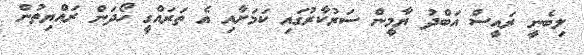
ލިބެނީ ރައީސް އަބްދު ޔާމީން ސަރުކާރުގައި ކަމަށާއި އެ ތަރައްގީ ހޯދަން ރައްޔިތުން